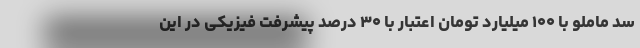
سد ماملو با ۱۰۰ میلیارد تومان اعتبار با ۳۰ درصد پیشرفت فیزیکی در این